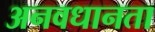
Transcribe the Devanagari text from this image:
अनवधानता